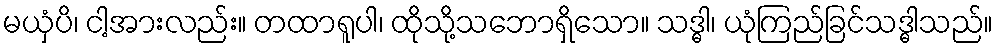
မယှံပိ၊ ငါ့အားလည်း။ တထာရူပါ၊ ထိုသို့သဘောရှိသော။ သဒ္ဓါ၊ ယုံကြည်ခြင်သဒ္ဓါသည်။